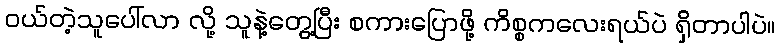
ဝယ်တဲ့သူပေါ်လာ လို့ သူနဲ့တွေ့ပြီး စကားပြောဖို့ ကိစ္စကလေးရယ်ပဲ ရှိတာပါပဲ။